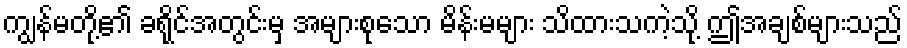
ကျွန်မတို့၏ ခရိုင်အတွင်းမှ အများစုသော မိန်းမများ သိထားသကဲ့သို့ ဤအချစ်များသည်